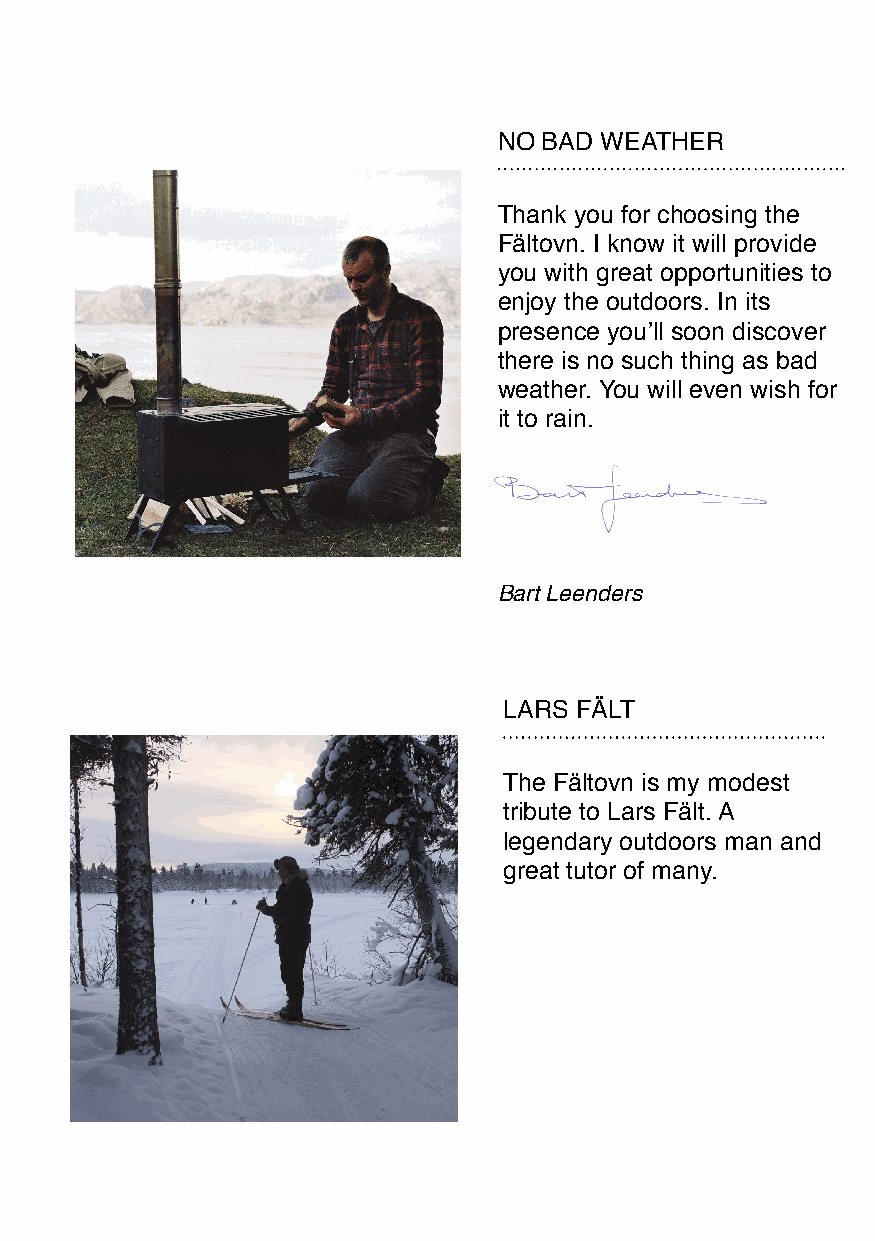
NO BAD WEATHER
 Thank you for choosing the
 Fältovn. I know it will provide
 you with great opportunities to
 enjoy the outdoors. In its
 presence you’ll soon discover
 there is no such thing as bad
 weather. You will even wish for
 it to rain.
 Bart Leenders
 LARS FÄLT
 The Fältovn is my modest
 tribute to Lars Fält. A
 legendary outdoors man and
 great tutor of many.